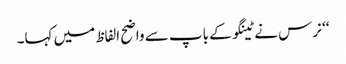
‘‘ نرس نے ٹینگو کے باپ سے واضح الفاظ میں کہا۔